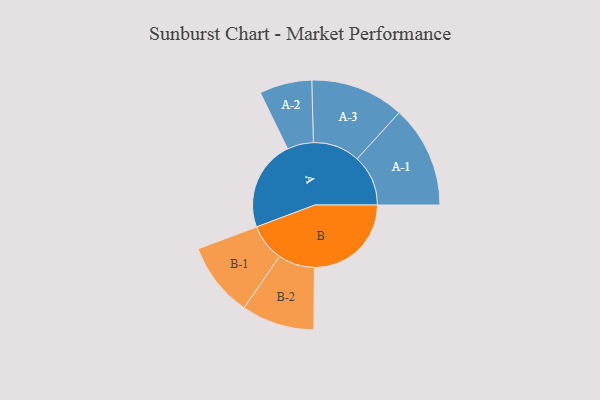
{"axis": {"x": "Segment", "y": "Value"}, "legend": ["", "A", "B"], "data": [{"x": "A", "y": 442, "type": ""}, {"x": "B", "y": 473, "type": ""}, {"x": "A-1", "y": 249, "type": "A"}, {"x": "A-2", "y": 128, "type": "A"}, {"x": "A-3", "y": 229, "type": "A"}, {"x": "B-1", "y": 182, "type": "B"}, {"x": "B-2", "y": 178, "type": "B"}]}